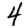
Digit: 4